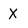
Character: x